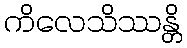
ကိလေသိဿန္တိ